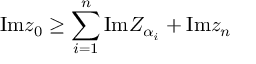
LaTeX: \mathrm { I m } z _ { 0 } \geq \sum _ { i = 1 } ^ { n } \mathrm { I m } Z _ { \alpha _ { i } } + \mathrm { I m } z _ { n }